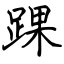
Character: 踝